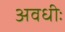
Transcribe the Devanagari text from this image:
अवधीः